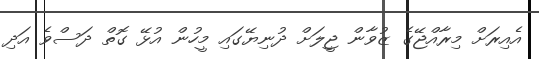
އެއިރަށް މިރާއްޖޭގެ ޒުވާން ޖީލަށް ދުނިޔޭގައި މީހުން އުޅޭ ގޮތް ދަސްވެ އަދި